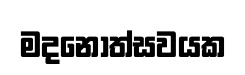
මදනෝත්සවයක